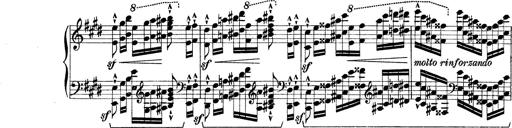
Title: Rapsodie: 19 ungheresi, 1 spagnuola
Composer: Franz Liszt